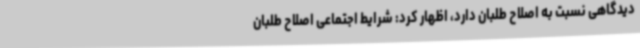
دیدگاهی نسبت به اصلاح طلبان دارد، اظهار کرد: شرایط اجتماعی اصلاح طلبان